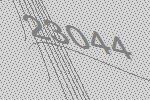
23044